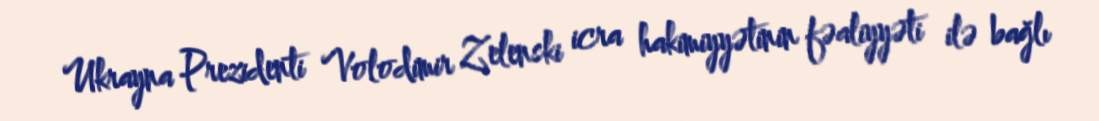
Ukrayna Prezidenti Volodimir Zelenski icra hakimiyyətinin fəaliyyəti ilə bağlı